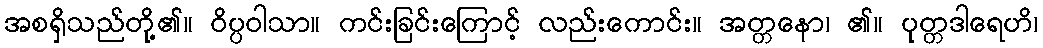
အစရှိသည်တို့၏။ ဝိပ္ပဝါသာ။ ကင်းခြင်းကြောင့် လည်းကောင်း။ အတ္တနော၊ ၏။ ပုတ္တဒါရေဟိ၊